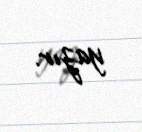
yazır.